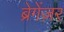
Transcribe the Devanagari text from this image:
ब्रेगेंज़र